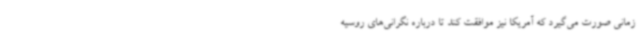
زمانی صورت می‌گیرد که آمریکا نیز موافقت کند تا درباره نگرانی‌های روسیه